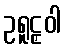
ဥရူဠှဝါ